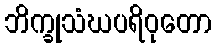
ဘိက္ခုသံဃပရိဝုတော